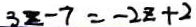
3 z - 7 = - 2 z + 2